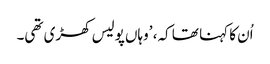
اُن کا کہنا تھا کہ، ’وہاں پولیس کھڑی تھی۔